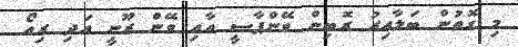
މި ގޮތުން ބަލާއިރު ރޮބިން ވޭންޕާސީ އާއި ވޭން ރޫނީ އަދި ރިއޯ